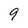
Character: 9